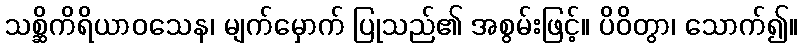
သစ္ဆိကိရိယာဝသေန၊ မျက်မှောက် ပြုသည်၏ အစွမ်းဖြင့်။ ပိဝိတွာ၊ သောက်၍။